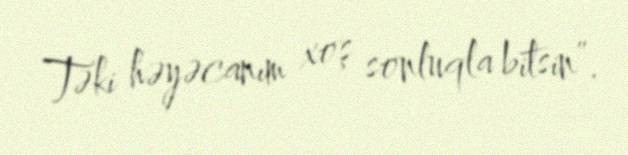
Təki həyəcanım xoş sonluqla bitsin”.